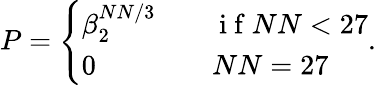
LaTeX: P=\left\{ \begin{array}{ll}{\beta_{2}^{NN/3}}&{\quad\mathrm{~i~f~}NN<27}\\ {0}&{\quad NN=27}\end{array}\right..